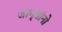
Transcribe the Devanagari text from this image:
जागृतांनो